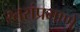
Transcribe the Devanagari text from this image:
स्तरांप्रमाणे